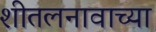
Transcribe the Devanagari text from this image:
शीतलनावाच्या